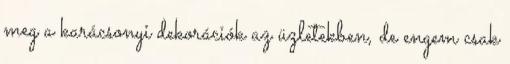
meg a karácsonyi dekorációk az üzletekben, de engem csak